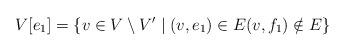
LaTeX: \begin{align*} V[e_1]=\{v\in V\setminus V'\mid (v,e_1)\in E (v,f_1)\notin E\} \end{align*}